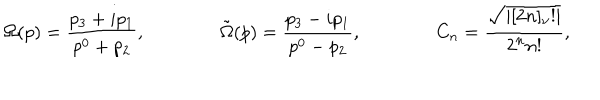
LaTeX: \Omega ( p ) = \frac { p _ { 3 } + i p _ { 1 } } { p ^ { 0 } + p _ { 2 } } , \qquad \qquad \tilde { \Omega } ( p ) = \frac { p _ { 3 } - i p _ { 1 } } { p ^ { 0 } - p _ { 2 } } , \qquad \qquad C _ { n } = \frac { \sqrt { | [ 2 n ] _ { \nu } ! | } } { 2 ^ { n } n ! } ,